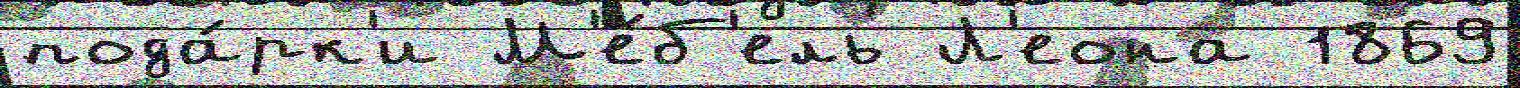
пода́рк'и М'е́б'ель Л'еона 1869